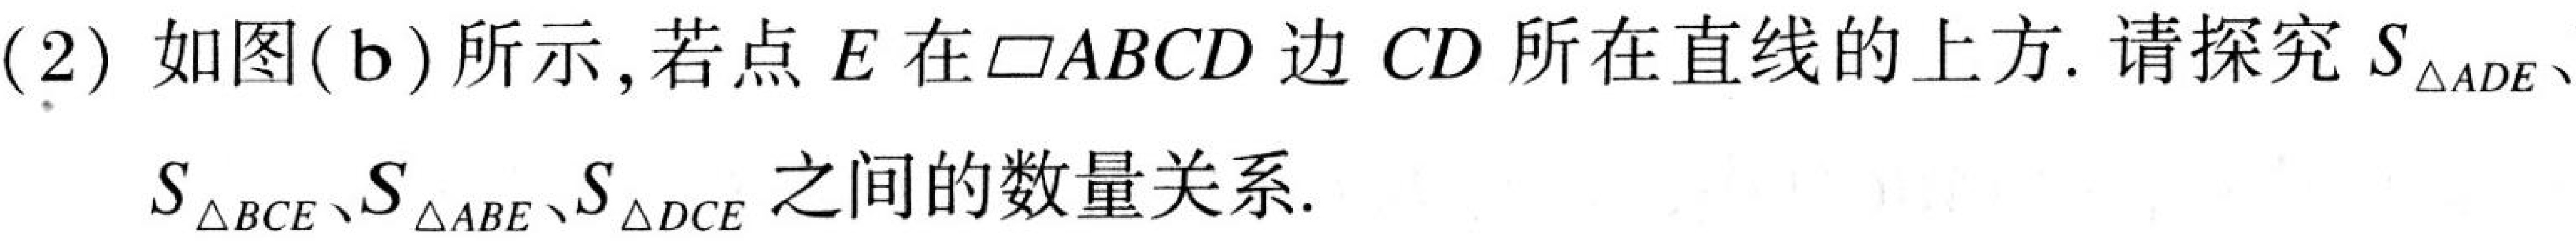
(2) 如图(b)所示,若点 \(E\) 在\(\square ABCD\) 边 \(CD\) 所在直线的上方. 请探究 \(S_{\triangle ADE}\)、\(S_{\triangle BCE}\)、\(S_{\triangle ABE}\)、\(S_{\triangle DCE}\) 之间的数量关系.